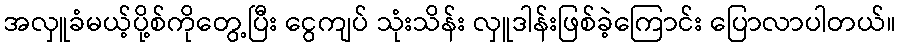
အလှူခံမယ့်ပို့စ်ကိုတွေ့ပြီး ငွေကျပ် သုံးသိန်း လှူဒါန်းဖြစ်ခဲ့ကြောင်း ပြောလာပါတယ်။